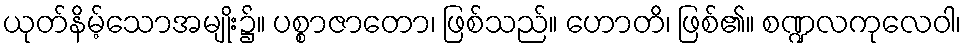
ယုတ်နိမ့်သောအမျိုး၌။ ပစ္စာဇာတော၊ ဖြစ်သည်။ ဟောတိ၊ ဖြစ်၏။ စဏ္ဍလကုလေဝါ၊